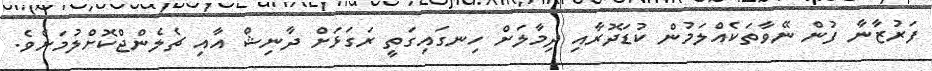
ފަރުޒާނާ ފުން ނޭވާތަކެއްލަމުން ކުޑަދޮރާއި ދިމާލަށް ހިނގައިގަތީ ރަގަޅަށް ދާނިޝް އާއި ޗެލެންޖްކޮށްލުމަށެވެ.